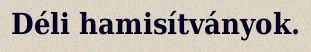
Déli hamisítványok.